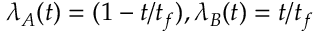
\lambda _ { A } ( t ) = ( 1 - t / t _ { f } ) , \lambda _ { B } ( t ) = t / t _ { f }